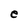
Character: e